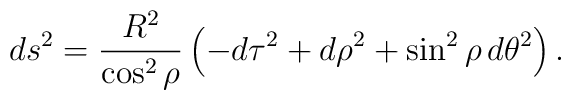
ds^2 = \frac{R^2}{\cos^2{\rho}} \left(-d\tau^2 + d\rho^2 + \sin^2{\rho} \, d\theta^2 \right).